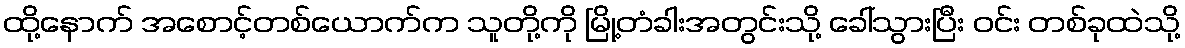
ထို့နောက် အစောင့်တစ်ယောက်က သူတို့ကို မြို့တံခါးအတွင်းသို့ ခေါ်သွားပြီး ဝင်း တစ်ခုထဲသို့